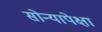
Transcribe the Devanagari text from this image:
सोन्यापेक्षा